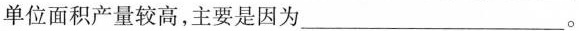
单位面积产量较高，主要是因为___。